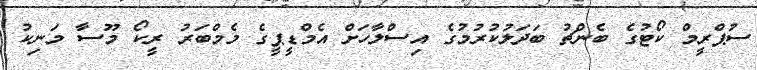
ސުޕްރީމް ކޯޓުގެ ބެންޗު ބަދަލުކުރުމުގެ އިސްލާހަށް އެމްޑީޕީގެ މެމްބަރު ރީކޯ މޫސާ މަނިކު